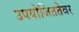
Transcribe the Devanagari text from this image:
उपयोजिततेवर